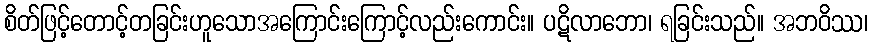
စိတ်ဖြင့်တောင့်တခြင်းဟူသောအကြောင်းကြောင့်လည်းကောင်း။ ပဋိလာဘော၊ ရခြင်းသည်။ အဘဝိဿ၊